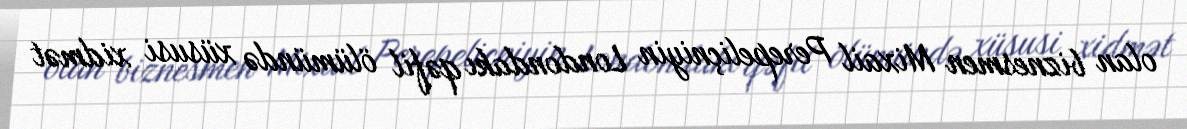
olan biznesmen Mixail Perepeliçniyin Londondakı qəfil ölümündə xüsusi xidmət